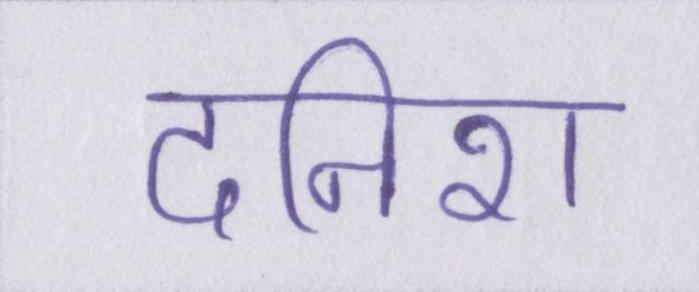
दनिश